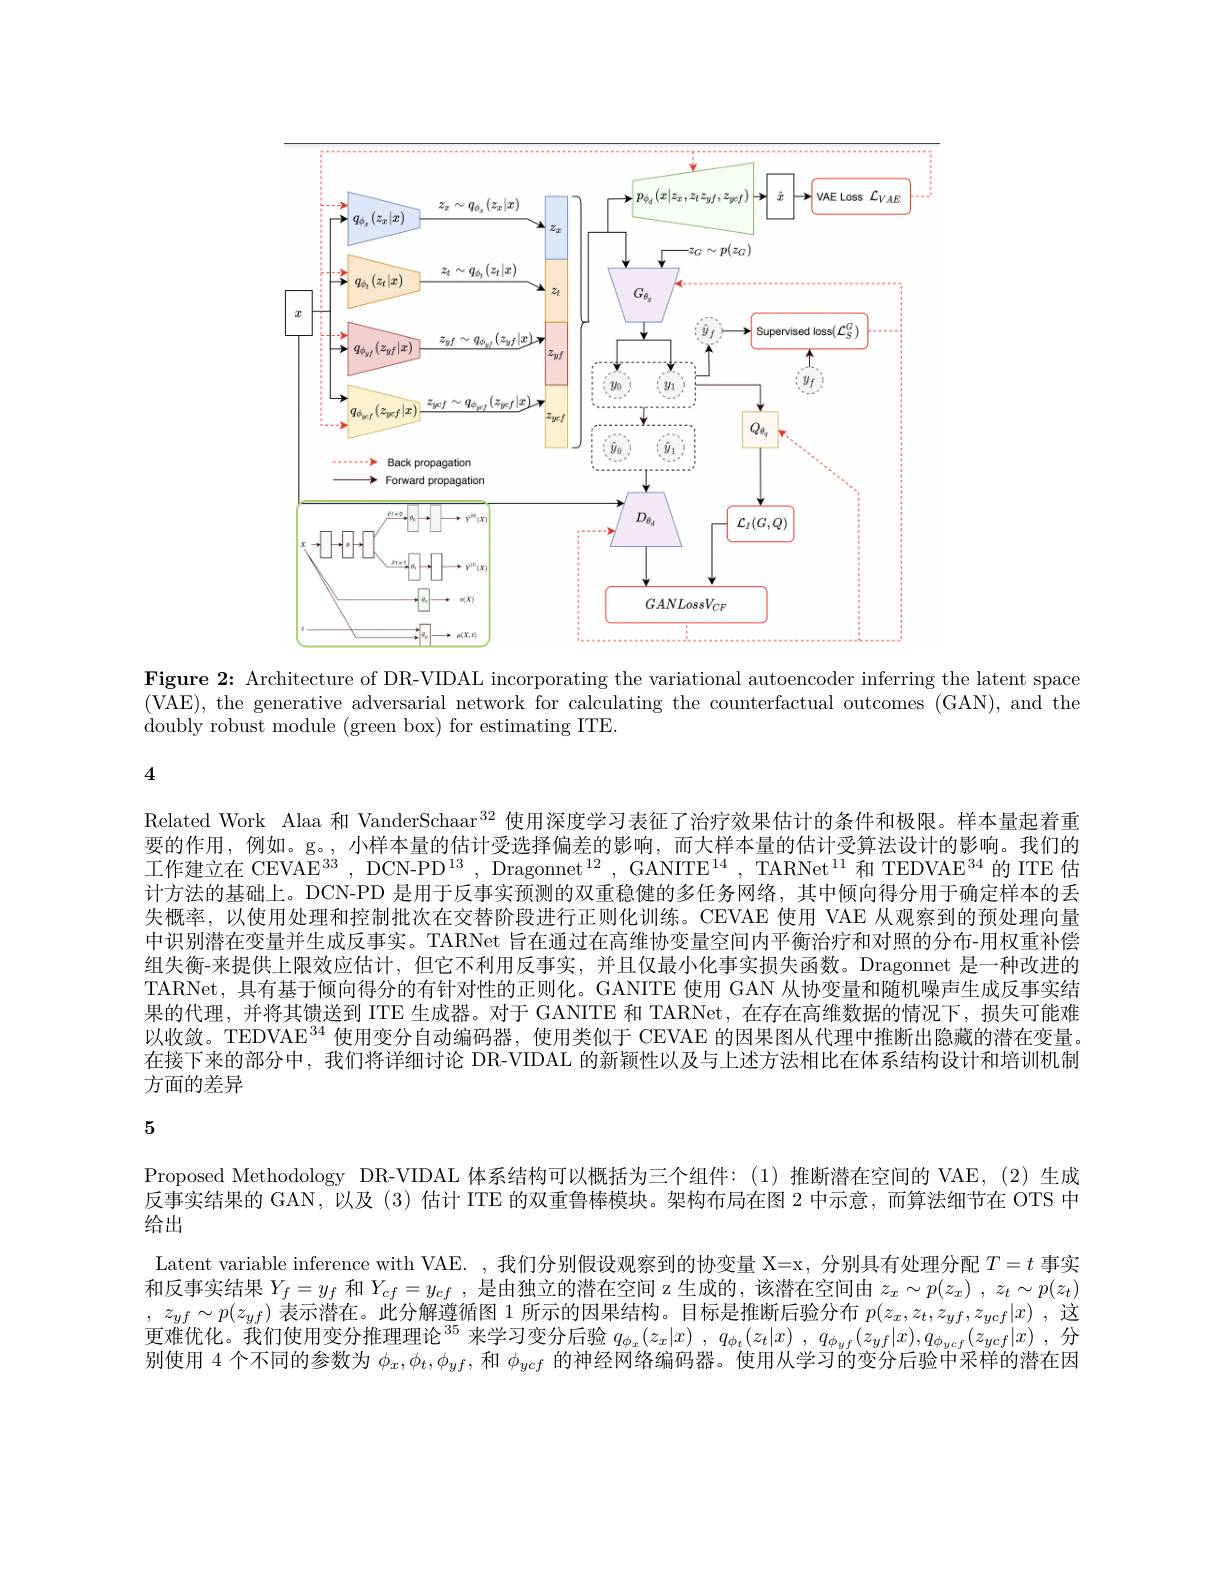
<FigureHere>

Figure 2: Architecture of DR-VIDAL incorporating the variational autoencoder inferring the latent space (VAE), the generative adversarial network for calculating the counterfactual outcomes (GAN), and the doubly robust module (green box) for estimating ITE.

4

Related Work Alaa 和 VanderSchaar$^{32}$使用深度学习表征了治疗效果估计的条件和极限。样本量起着重要的作用，例如。g。,小样本量的估计受选择偏差的影响，而大样本量的估计受算法设计的影响。我们的工作建立在 CEVAE$^33$, DCN-PD$^{13}$, Dragonnet$^12$, GANITE$^{14}$, TARNet$^11$和 TEDVAE$^34$ 的 ITE 估计方法的基础上。DCN-PD 是用于反事实预测的双重稳健的多任务网络，其中倾向得分用于确定样本的丢失概率，以使用处理和控制批次在交替阶段进行正则化训练。CEVAE 使用 VAE 从观察到的预处理向量中识别潜在变量并生成反事实。TARNet 旨在通过在高维协变量空间内平衡治疗和对照的分布-用权重补偿组失衡-来提供上限效应估计，但它不利用反事实，并且仅最小化事实损失函数。Dragonnet 是一种改进的TARNet, 具有基于倾向得分的有针对性的正则化。GANITE 使用 GAN 从协变量和随机噪声生成反事实结果的代理，并将其馈送到 ITE 生成器。对于 GANITE 和 TARNet, 在存在高维数据的情况下，损失可能难以收敛。TEDVAE$^34$使用变分自动编码器，使用类似于 CEVAE 的因果图从代理中推断出隐藏的潜在变量。在接下来的部分中，我们将详细讨论 DR-VIDAL 的新颖性以及与上述方法相比在体系结构设计和培训机制方面的差异

5

Proposed Methodology DR-VIDAL 体系结构可以概括为三个组件：(1)推断潜在空间的 VAE,(2)生成反事实结果的 GAN,以及 (3)估计 ITE 的双重鲁棒模块。架构布局在图 2 中示意，而算法细节在 OTS 中给出
Latent variable inference with VAE. ,我们分别假设观察到的协变量 X=x, 分别具有处理分配$T=t$事实和反事实结果$Y_f=y_f$和$Y_cf=y_{cf}$,是由独立的潜在空间 z 生成的，该潜在空间由$z_x\sim p(z_x)~,~z_t\sim p(z_t)$ , $z_{yf}\sim p( z_{yf})$表示潜在。此分解遵循图 1 所示的因果结构。目标是推断后验分布$p(z_x,z_t,z_{yf},z_{ycf}|x)$ ,这更难优化。我们使用变分推理理论$^{35}$来学习变分后验$q_\phi_x(z_x|x),q_{\phi_t}(z_t|x),q_{\phi_yf}(z_{yf}|x),q_{\phi_{ycf}}(z_{ycf}|x)$,分别使用 4 个不同的参数为$\phi_x,\phi_t,\phi_{yf}$,和$\phi_{y\mathrm{c}f}$的神经网络编码器。使用从学习的变分后验中采样的潜在因